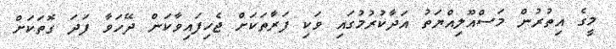
މީގެ އިތުރުން މަސްއޫލިއްޔަތު އަދާކުރުމުގައި ވަކި ފަރާތަކަށް ޖެހިފައިވާކަން ދޭހަވާ ފަދަ ގޮތަކަށް